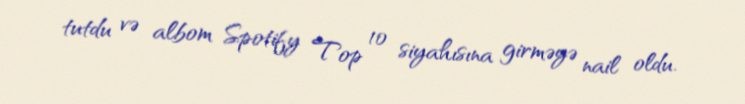
tutdu və albom Spotify Top 10 siyahısına girməyə nail oldu.